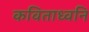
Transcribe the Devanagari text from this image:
कविताध्वनि